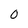
Character: 0